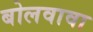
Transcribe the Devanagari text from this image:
बोलवावा